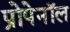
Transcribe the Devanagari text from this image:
प्रोपेनॉल